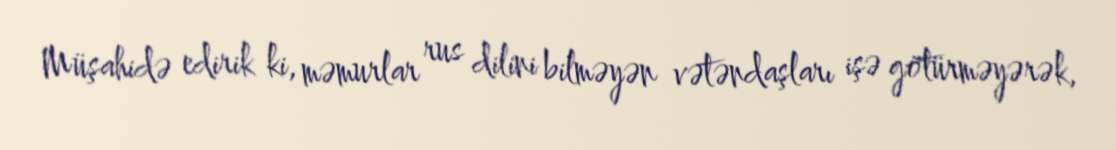
Müşahidə edirik ki, məmurlar rus dilini bilməyən vətəndaşları işə götürməyərək,